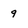
Character: 9